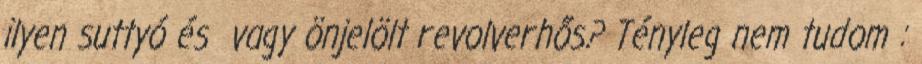
ilyen suttyó és vagy önjelölt revolverhős? Tényleg nem tudom :